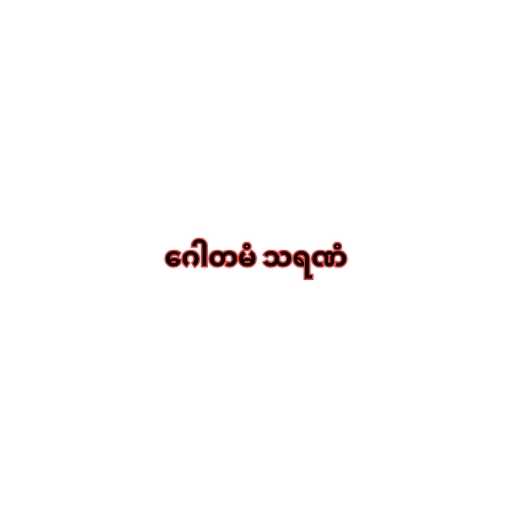
ဂေါတမံ သရဏံ